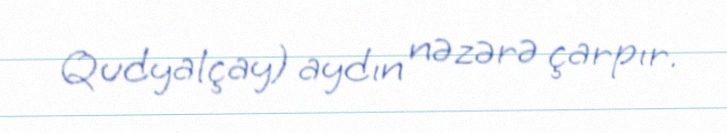
Qudyalçay) aydın nəzərə çarpır.